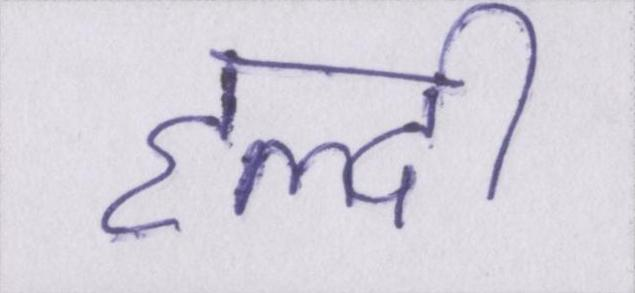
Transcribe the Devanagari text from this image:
हल्दी